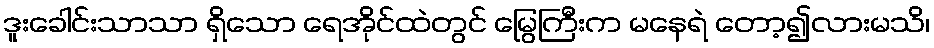
ဒူးခေါင်းသာသာ ရှိသော ရေအိုင်ထဲတွင် မြွေကြီးက မနေရဲ တော့၍လားမသိ၊